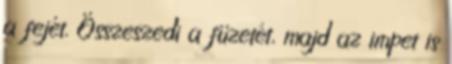
a fejét. Összeszedi a füzetét, majd az impet is